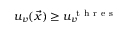
u _ { v } ( \vec { x } ) \geq u _ { v } ^ { \mathrm { ~ t ~ h ~ r ~ e ~ s ~ } }